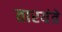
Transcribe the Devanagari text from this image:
तारयंत्रे